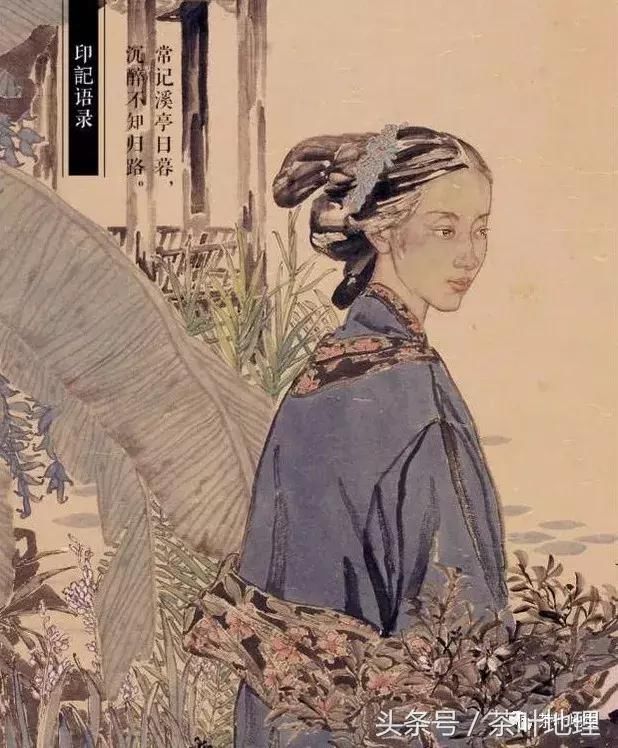
当年曾胜赏，生香熏袖，活火分茶。